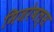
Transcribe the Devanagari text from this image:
मिजरेबल्स